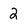
Character: 2